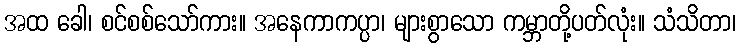
အထ ခေါ၊ စင်စစ်သော်ကား။ အနေကာကပ္ပာ၊ များစွာသော ကမ္ဘာတို့ပတ်လုံး။ သံသိတာ၊